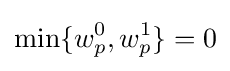
\min\{w_{p}^{0},w_{p}^{1}\}=0